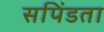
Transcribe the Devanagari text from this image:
सपिंडता